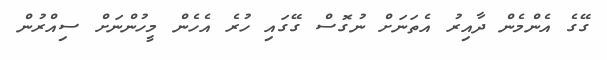
ގޭގެ އެންމެން ދާއިރު އެތަނަށް ނުގޮސް ގޭގައި ހުރެ އެހެން މީހުންނަށް ސިއްރުން